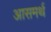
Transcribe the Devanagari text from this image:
आसमर्थ